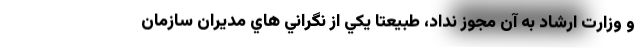
و وزارت ارشاد به آن مجوز نداد، طبيعتا يکي از نگراني هاي مديران سازمان